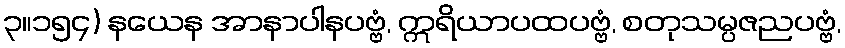
၃။၁၅၄) နယေန အာနာပါနပဗ္ဗံ, ဣရိယာပထပဗ္ဗံ, စတုသမ္ပဇညပဗ္ဗံ,